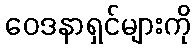
ဝေဒနာရှင်များကို